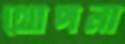
থোপনা